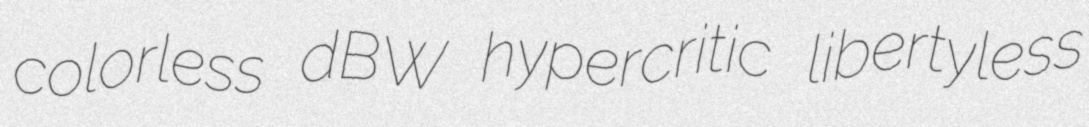
colorless dBW hypercritic libertyless